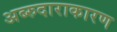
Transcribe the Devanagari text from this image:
अब्‍रुदाराकारण